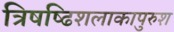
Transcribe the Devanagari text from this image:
त्रिषष्ढिशलाकापुरुश